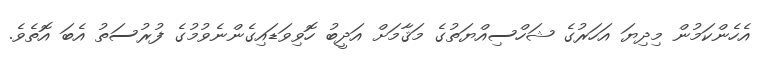
އެހެންކަމުން މިދިޔަ އަހަރުގެ ޝަހްސިއްޔަތުގެ މަޤާމަށް އަދީބު ހޮވިވަޑައިގެންނެވުމުގެ ފުރުސަތު އެބަ އޮތެވެ.